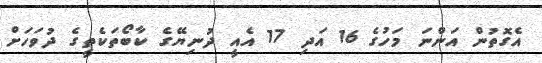
އެގޮތުން އަންނަ މަހުގެ 16 އަދި 17 އެއީ ދުނިޔޭގެ ކާބޯތަކެތީގެ ދުވަހަށް